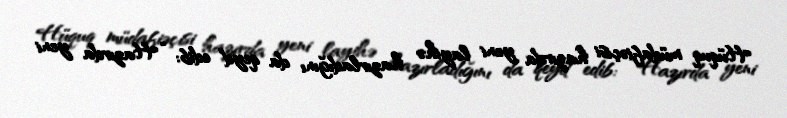
Hüquq müdafiəçisi hazırda yeni layihə hazırladığını da qeyd edib: “Hazırda yeni